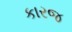
કારજ